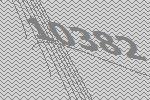
10382